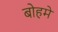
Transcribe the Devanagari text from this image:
बोहमे